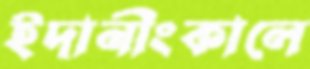
ইদানীংকালে